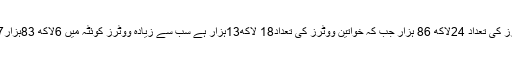
مرد ووٹرز کی تعداد 24لاکھ 86 ہزار جب کہ خواتین ووٹرز کی تعداد18 لاکھ13ہزار ہے سب سے زیادہ ووٹرز کوئٹہ میں 6لاکھ 83ہزار957 ہے۔